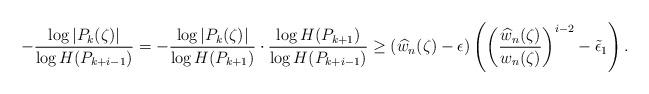
LaTeX: \begin{align*}-\frac{\log \vert P_{k}(\zeta)\vert}{\log H(P_{k+i-1})}=-\frac{\log \vert P_{k}(\zeta)\vert}{\log H(P_{k+1})}\cdot\frac{\log H(P_{k+1})}{\log H(P_{k+i-1})}\geq (\widehat{w}_{n}(\zeta)-\epsilon)\left(\left(\frac{\widehat{w}_{n}(\zeta)}{w_{n}(\zeta)}\right)^{i-2}-\tilde{\epsilon}_{1}\right).\end{align*}